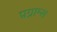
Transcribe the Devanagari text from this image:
प्रग्राम्स